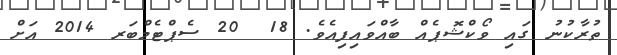
ތުރާކުނު ގައި ވޯކްޝޮޕެއް ބާއްވައިފިއެވެ. 18  20 ސެޕްޓެމްބަރ 2014 އަށް